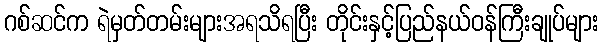
ဂစ်ဆင်က ရဲမှတ်တမ်းများအရသိရပြီး တိုင်းနှင့်ပြည်နယ်ဝန်ကြီးချုပ်များ